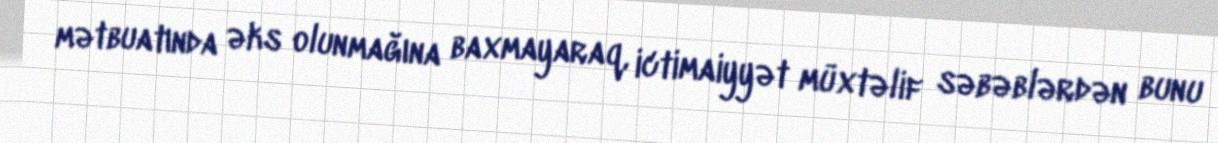
mətbuatında əks olunmağına baxmayaraq, ictimaiyyət müxtəlif səbəblərdən bunu